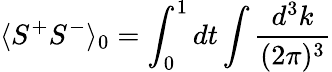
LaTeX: \langle S^{+}S^{-}\rangle_{0}=\int_{0}^{1}dt\int\frac{d^{3}k}{(2\pi)^{3}}